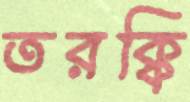
তরক্কি